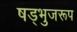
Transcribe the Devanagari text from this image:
षड्भुजरूप